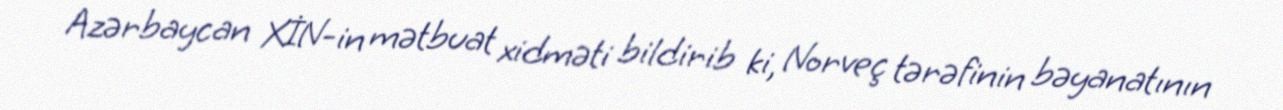
Azərbaycan XİN-in mətbuat xidməti bildirib ki, Norveç tərəfinin bəyanatının